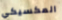
المكسيكي